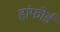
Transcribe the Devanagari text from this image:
हांफोर्ड